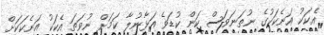
އެކަކު އަނެކަކުގެ ނުތަނަވަސް ކަން ކުޑަވެ އަޅާނުލާ ކަމަށް ނުވަތަ އެކަކު އަނެކަކަށް